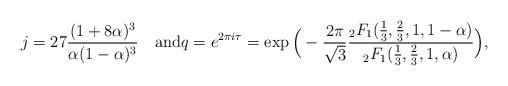
LaTeX: \begin{align*}j=27\frac{(1+8\alpha)^3}{\alpha(1-\alpha)^3}\quad\mathrm{and}q=e^{2\pi i\tau}=\exp\Big(-\frac{2\pi}{\sqrt{3}} \frac{_2F_1(\frac{1}{3},\frac{2}{3},1,1-\alpha)}{_2F_1(\frac{1}{3},\frac{2}{3},1,\alpha)} \Big),\end{align*}